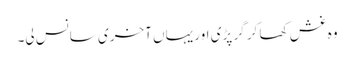
وہ غش کھا کر گر پڑی اور یہاں آخری سانس لی۔